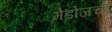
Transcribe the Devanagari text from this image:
मेडोजची